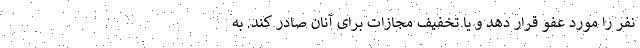
نفر را مورد عفو قرار دهد و یا تخفیف مجازات برای آنان صادر کند. به